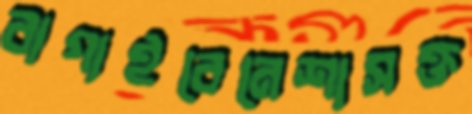
বাগাইবেনেশাসক্ত